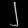
Digit: ၂